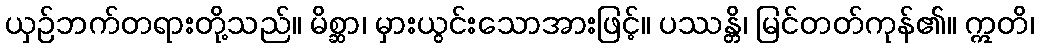
ယှဉ်ဘက်တရားတို့သည်။ မိစ္ဆာ၊ မှားယွင်းသောအားဖြင့်။ ပဿန္တိ၊ မြင်တတ်ကုန်၏။ ဣတိ၊